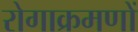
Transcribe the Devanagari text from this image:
रोगाक्रमणों